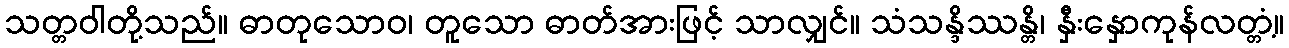
သတ္တဝါတို့သည်။ ဓာတုသောဝ၊ တူသော ဓာတ်အားဖြင့် သာလျှင်။ သံသန္ဒိဿန္တိ၊ နှီးနှောကုန်လတ္တံ့။